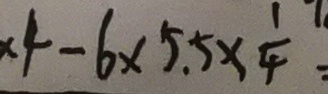
\times 4 - 6 \times 5 . 5 \times \frac { 1 } { 4 } =